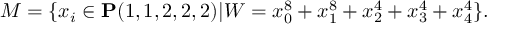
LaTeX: M = \{ x _ { i } \in { \bf P } ( 1 , 1 , 2 , 2 , 2 ) | W = x _ { 0 } ^ { 8 } + x _ { 1 } ^ { 8 } + x _ { 2 } ^ { 4 } + x _ { 3 } ^ { 4 } + x _ { 4 } ^ { 4 } \} .